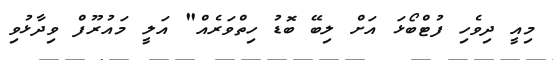
މިއީ ދިވެހި ފުޓްބޯޅަ އަށް ލިބޭ ބޮޑު ހިތްވަރެއް" އަލީ މައުރޫފް ވިދާޅުވި